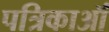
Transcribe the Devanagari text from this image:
पत्रिकाऑं